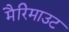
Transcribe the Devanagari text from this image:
मैरिमाउट